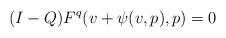
\begin{align*}(I-Q)F^q(v + \psi(v,p),p) = 0\end{align*}